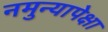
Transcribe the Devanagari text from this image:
नमुन्यापेक्षा